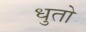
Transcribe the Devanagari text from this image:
धुतो